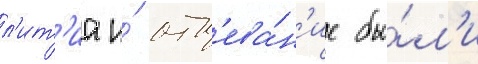
л'ит'иа и́ отп'ева́н'ие бы́л'и